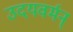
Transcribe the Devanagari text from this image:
उदयवर्मन्